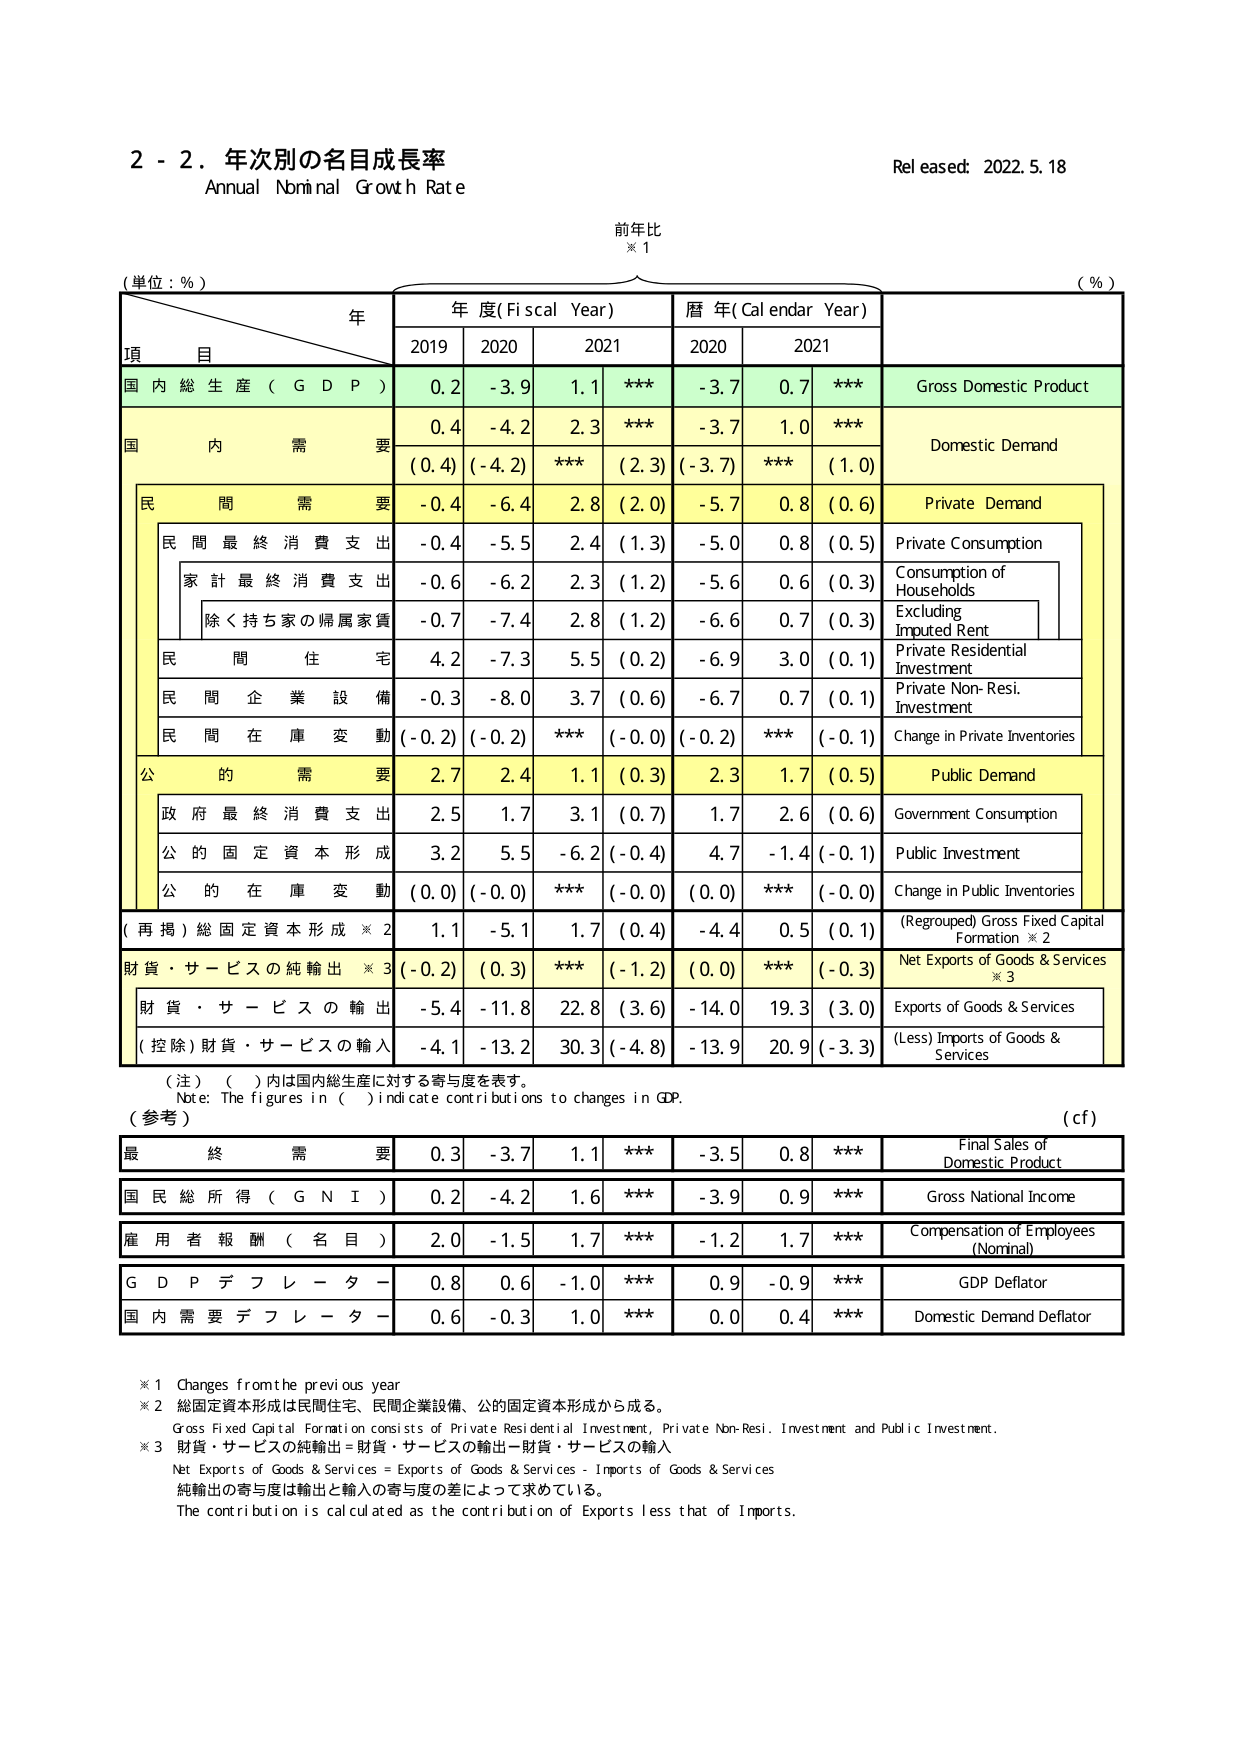
2 - 2. 年次別の名目成長率
Annual Nominal Growth Rate
Released: 2022.5.18

前年比
※1

(単位：％)
(％)

年
年度(Fiscal Year)
暦年(Calendar Year)

項 目
2019
2020
2021
2020
2021

国内総生産（GDP）
0.2
-3.9
1.1
***
-3.7
0.7
***
Gross Domestic Product

国内需要
0.4
-4.2
2.3
***
(2.3)
-3.7
1.0
***
(1.0)
Domestic Demand

民間需要
-0.4
-6.4
2.8
(2.0)
-5.7
0.8
(0.6)
Private Demand

民間最終消費支出
-0.4
-5.5
2.4
(1.3)
-5.0
0.8
(0.5)
Private Consumption

家計最終消費支出
-0.6
-6.2
2.3
(1.2)
-5.6
0.6
(0.3)
Consumption of Households

除く持ち家の帰属家賃
-0.7
-7.4
2.8
(1.2)
-6.6
0.7
(0.3)
Excluding Imputed Rent

民間住宅
4.2
-7.3
5.5
(0.2)
-6.9
3.0
(0.1)
Private Residential Investment

民間企業設備
-0.3
-8.0
3.7
(0.6)
-6.7
0.7
(0.1)
Private Non-Res. Investment

民間在庫変動
(-0.2)
(-0.2)
***
(-0.0)
(-0.2)
***
(-0.1)
Change in Private Inventories

公的需要
2.7
2.4
1.1
(0.3)
2.3
1.7
(0.5)
Public Demand

政府最終消費支出
2.5
1.7
3.1
(0.7)
1.7
2.6
(0.6)
Government Consumption

公的固定資本形成
3.2
5.5
-6.2
(-0.4)
4.7
-1.4
(-0.1)
Public Investment

公的在庫変動
(0.0)
(-0.0)
***
(-0.0)
(0.0)
***
(-0.0)
Change in Public Inventories

（再掲）総固定資本形成 ※2
1.1
-5.1
1.7
(0.4)
-4.4
0.5
(0.1)
(Regrouped) Gross Fixed Capital Formation ※2

財貨・サービスの純輸出 ※3
(-0.2)
(0.3)
***
(-1.2)
(0.0)
***
(-0.3)
Net Exports of Goods & Services ※3

財貨・サービスの輸出
-5.4
-11.8
22.8
(3.6)
-14.0
19.3
(3.0)
Exports of Goods & Services

（控除）財貨・サービスの輸入
-4.1
-13.2
30.3
(-4.8)
-13.9
20.9
(-3.3)
(Less) Imports of Goods & Services

（注）（ ）内は国内総生産に対する寄与度を表す。
Note: The figures in ( ) indicate contributions to changes in GDP.

（参考）
(cf)

最終需要
0.3
-3.7
1.1
***
-3.5
0.8
***
Final Sales of Domestic Product

国民総所得（GNI）
0.2
-4.2
1.6
***
-3.9
0.9
***
Gross National Income

雇用者報酬（名目）
2.0
-1.5
1.7
***
-1.2
1.7
***
Compensation of Employees (Nominal)

GDPデフレーター
0.8
0.6
-1.0
***
0.9
-0.9
***
GDP Deflator

国内需要デフレーター
0.6
-0.3
1.0
***
0.0
0.4
***
Domestic Demand Deflator

※1 Changes from the previous year
※2 総固定資本形成は民間住宅、民間企業設備、公的固定資本形成から成る。
Gross Fixed Capital Formation consists of Private Residential Investment, Private Non-Res. Investment and Public Investment.
※3 財貨・サービスの純輸出＝財貨・サービスの輸出－財貨・サービスの輸入
Net Exports of Goods & Services = Exports of Goods & Services - Imports of Goods & Services
純輸出の寄与度は輸出と輸入の寄与度の差によって求めている。
The contribution is calculated as the contribution of Exports less that of Imports.